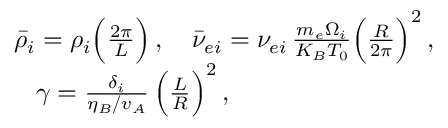
\begin{array} { r } { \bar { \rho } _ { i } = \rho _ { i } \Big ( \frac { 2 \pi } { L } \Big ) \, , \quad \bar { \nu } _ { e i } = \nu _ { e i } \, \frac { m _ { e } \Omega _ { i } } { K _ { B } T _ { 0 } } \Big ( \frac { R } { 2 \pi } \Big ) ^ { 2 } \, , \; } \\ { \gamma = \frac { \delta _ { i } } { \eta _ { B } / v _ { A } } \, \Big ( \frac { L } { R } \Big ) ^ { 2 } \, , \qquad \qquad \qquad \quad \quad \; } \end{array}